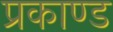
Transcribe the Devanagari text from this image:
प्रकाण्‍ड